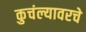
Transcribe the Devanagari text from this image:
कुचंल्यावरचे